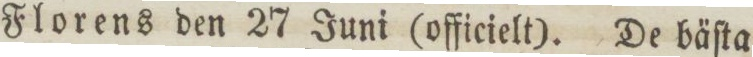
Florens den 27 Juni (officielt). De bäſta